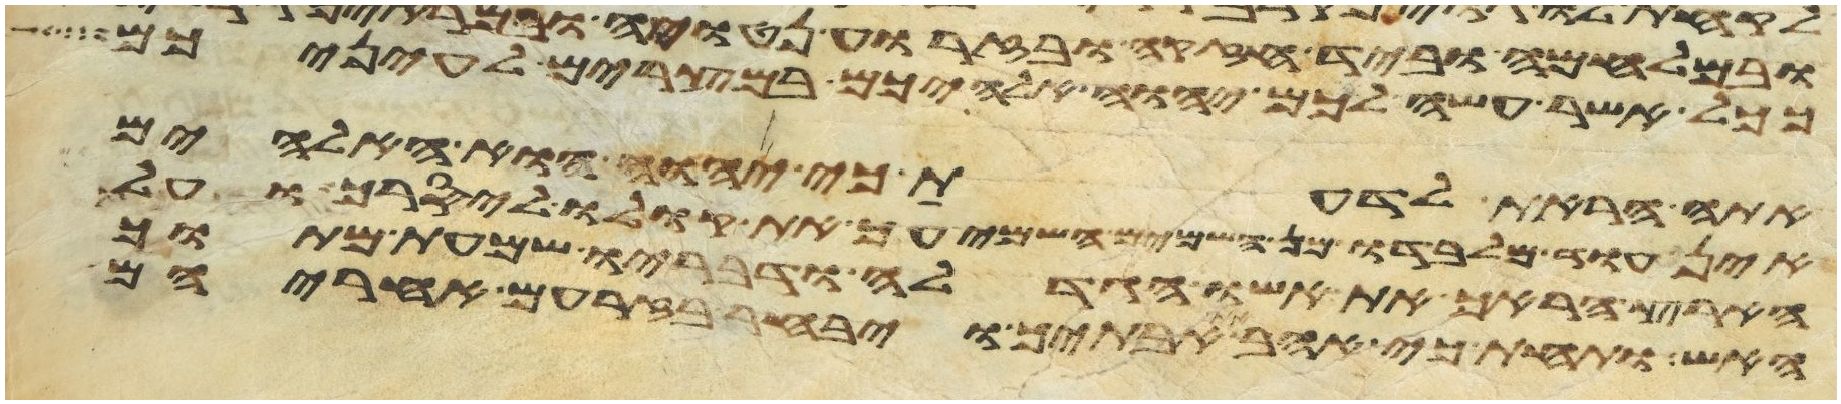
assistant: ככל אשר עשה לכם יהוה אלהיכם במצרים לעיניכם
אתה הראת לדעת כי יהוה הוא האלהים
אין עוד מלבדו מן השמים השמיעך את קולו ליסרך ועל
הארץ הראך את אשו הגדלה ודבריו שמעת מתוך
האש ותחת כי אהב את אבתיך ויבחר בזרעם אחריהם